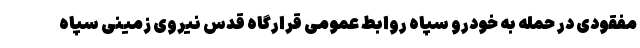
مفقودی در حمله به خودرو سپاه روابط عمومی قرارگاه قدس نیروی زمینی سپاه